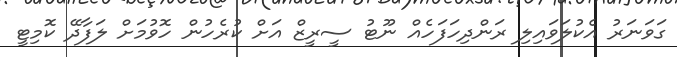
ގަވަނަރު އެކުލަވައިލި ރަންދިހަފަހެއް ނޫޓު ސީރީޒް އަށް ކުރެހުން ހޮވުމަށް ލަފާދޭ ކޮމިޓީ